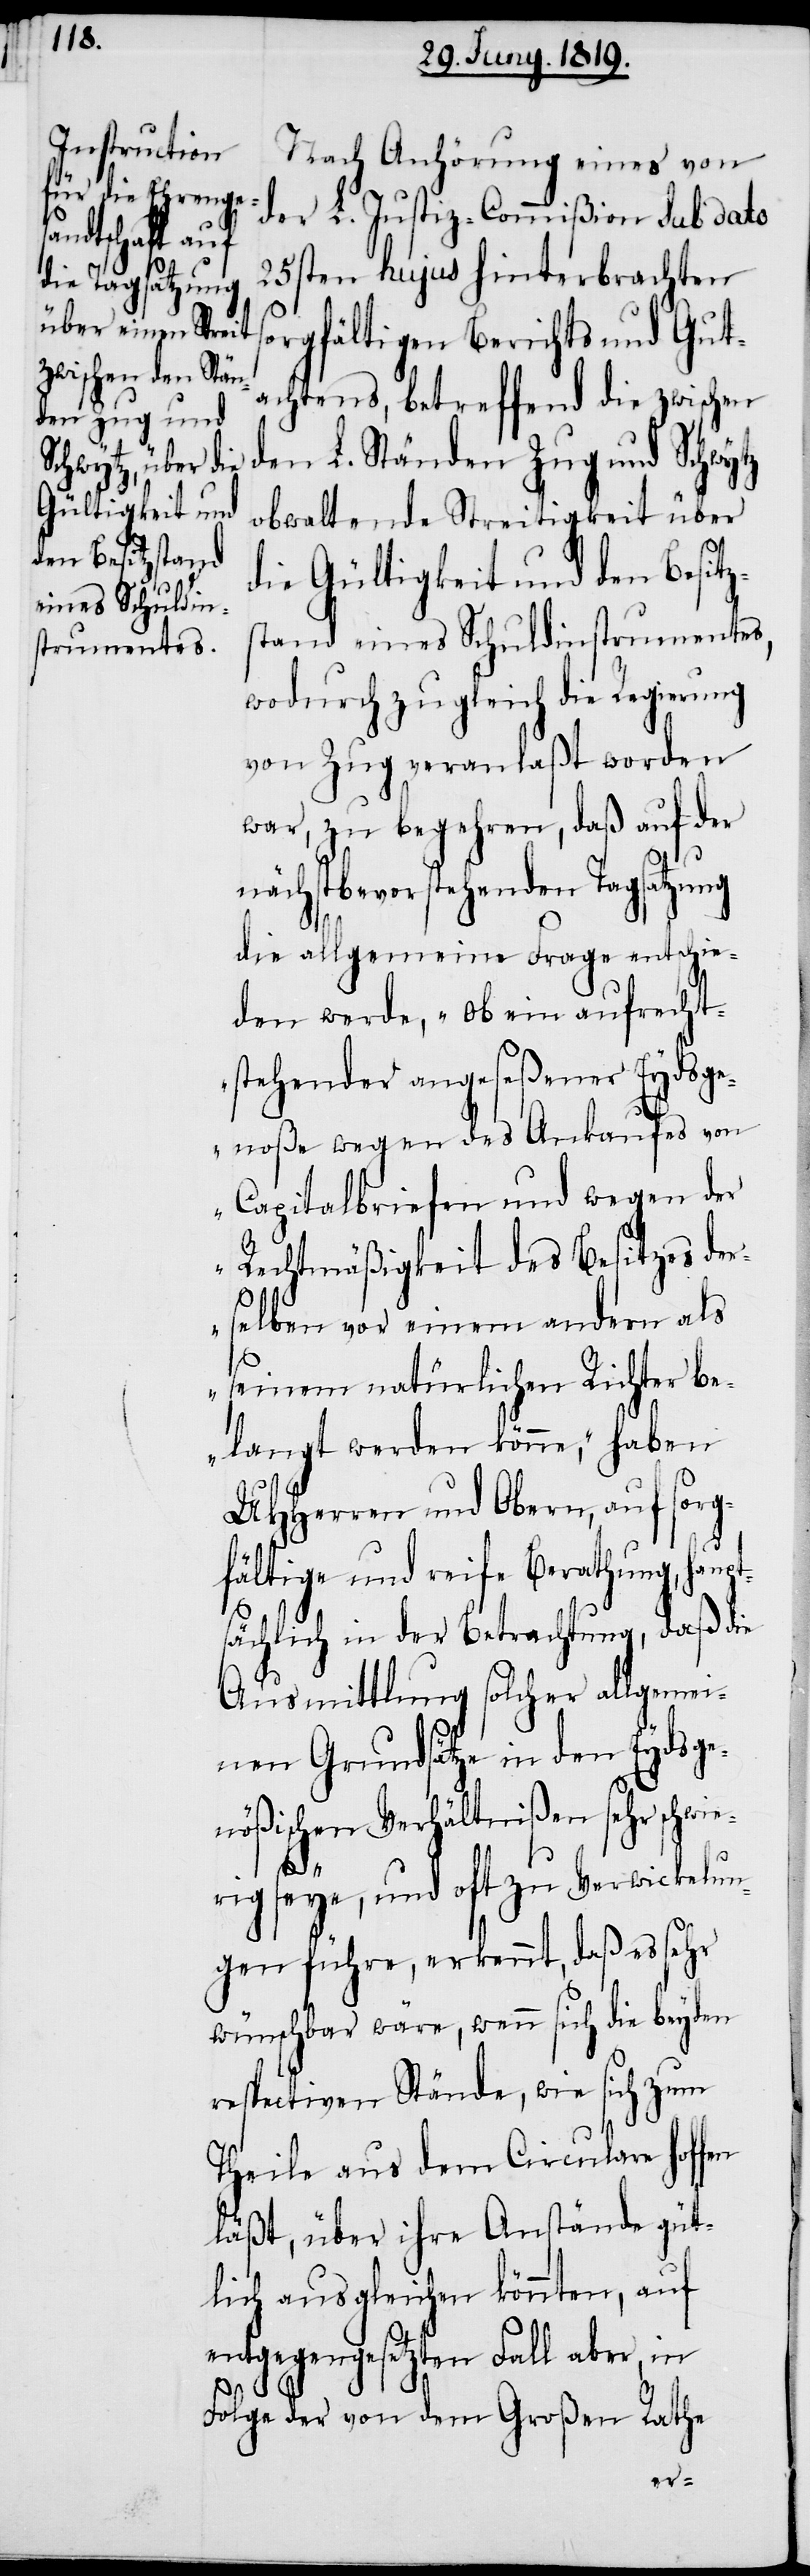
Nach Anhörung eines von
der L. Justiz-Commißion sub dato
25sten hujus hinterbrachten
orgfältigen Berichts und Gut¬
achtens, betreffend die zwischen
den L. Ständen Zug und Schwytz
obwaltende Streitigkeit über
die Gültigkeit und den Besitz¬
stand eines Schuldinstrumentes,
wodurch zugleich die Regierung
von Zug veranlaßt worden
war, zu begehren, daß auf der
nächstbevorstehenden Tagsatzung
die allgemeine Frage entschie¬
den werde, „ob ein aufrecht¬
stehender angeseßener Eydsge¬
noße wegen des Ankaufes von
Capitalbriefen und wegen der
Rechtmäßigkeit des Besitzes der¬
selben vor einem andern als
seinem natürlichen Richter be¬
langt werde könne“, haben
UHHerren und Obern, auf sorg¬
fältige und reife Berathung, haupt¬
sächlich in der Betrachtung, daß die
Ausmittlung solcher allgemei¬
nen Grundsätze in den Eydsge¬
nößischen Verhältnißen sehr schwi¬
s¬
erig seye, und oft zu Verwickelun¬
gen führe, erkennt, daß es sehr
wünschbar wäre, wenn sich die beyden
respectiven Stände, wie sich zum
Theile aus dem Circulare hoff¬
läßt, über ihre Anstände güt¬
lich ausgleichen könnten, auf
entgegengesetzten Fall aber, in
Folge der von dem Großen Rathe
en